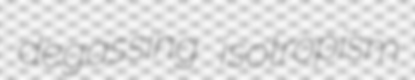
degassing isotropism